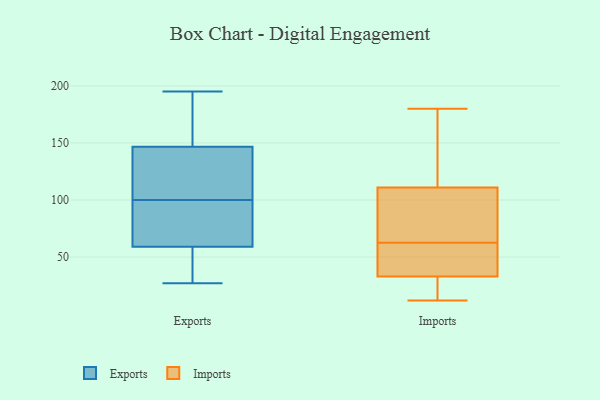
{"axis": {"x": "Budget (USD K)", "y": "Value"}, "legend": ["Exports", "Imports"], "data": [{"x": "", "y": 27, "type": "Exports"}, {"x": "", "y": 130, "type": "Exports"}, {"x": "", "y": 133, "type": "Exports"}, {"x": "", "y": 72, "type": "Exports"}, {"x": "", "y": 44, "type": "Exports"}, {"x": "", "y": 175, "type": "Exports"}, {"x": "", "y": 195, "type": "Exports"}, {"x": "", "y": 64, "type": "Exports"}, {"x": "", "y": 100, "type": "Exports"}, {"x": "", "y": 76, "type": "Exports"}, {"x": "", "y": 155, "type": "Exports"}, {"x": "", "y": 44, "type": "Exports"}, {"x": "", "y": 144, "type": "Exports"}, {"x": "", "y": 59, "type": "Imports"}, {"x": "", "y": 33, "type": "Imports"}, {"x": "", "y": 55, "type": "Imports"}, {"x": "", "y": 66, "type": "Imports"}, {"x": "", "y": 30, "type": "Imports"}, {"x": "", "y": 102, "type": "Imports"}, {"x": "", "y": 111, "type": "Imports"}, {"x": "", "y": 71, "type": "Imports"}, {"x": "", "y": 29, "type": "Imports"}, {"x": "", "y": 112, "type": "Imports"}, {"x": "", "y": 180, "type": "Imports"}, {"x": "", "y": 12, "type": "Imports"}, {"x": "", "y": 145, "type": "Imports"}, {"x": "", "y": 42, "type": "Imports"}]}